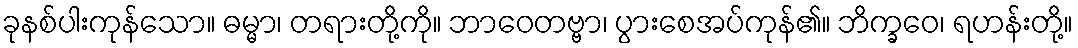
ခုနစ်ပါးကုန်သော။ ဓမ္မာ၊ တရားတို့ကို။ ဘာဝေတဗ္ဗာ၊ ပွားစေအပ်ကုန်၏။ ဘိက္ခဝေ၊ ရဟန်းတို့။